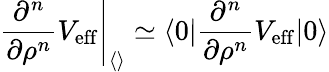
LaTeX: \left.{{\frac{\partial^{n}}{\partial\rho^{n}}}V_{\mathrm{eff}}}\right\vert_{\langle{}\rangle}\simeq\langle 0\vert{\frac{\partial^{n}}{\partial\rho^{n}}}V_{\mathrm{eff}}\vert 0\rangle